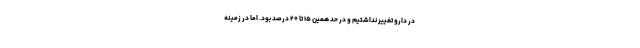
در دارو تغییر نداشتیم و در حد همین ۱۵ تا ۲۰ درصد بود. اما در زمینه